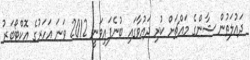
ދައުލަތުން ޝާންގެ މައްޗަށް ކުރި ދައުވާގައި ބުނެފައިވަނީ 2012 ވަނަ އަހަރުގެ އޮކްޓޯބަރު